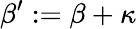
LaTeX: \beta^{\prime}:=\beta+\kappa